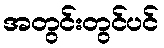
အတွင်းတွင်ပင်